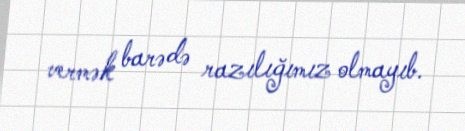
vermək barədə razılığımız olmayıb.